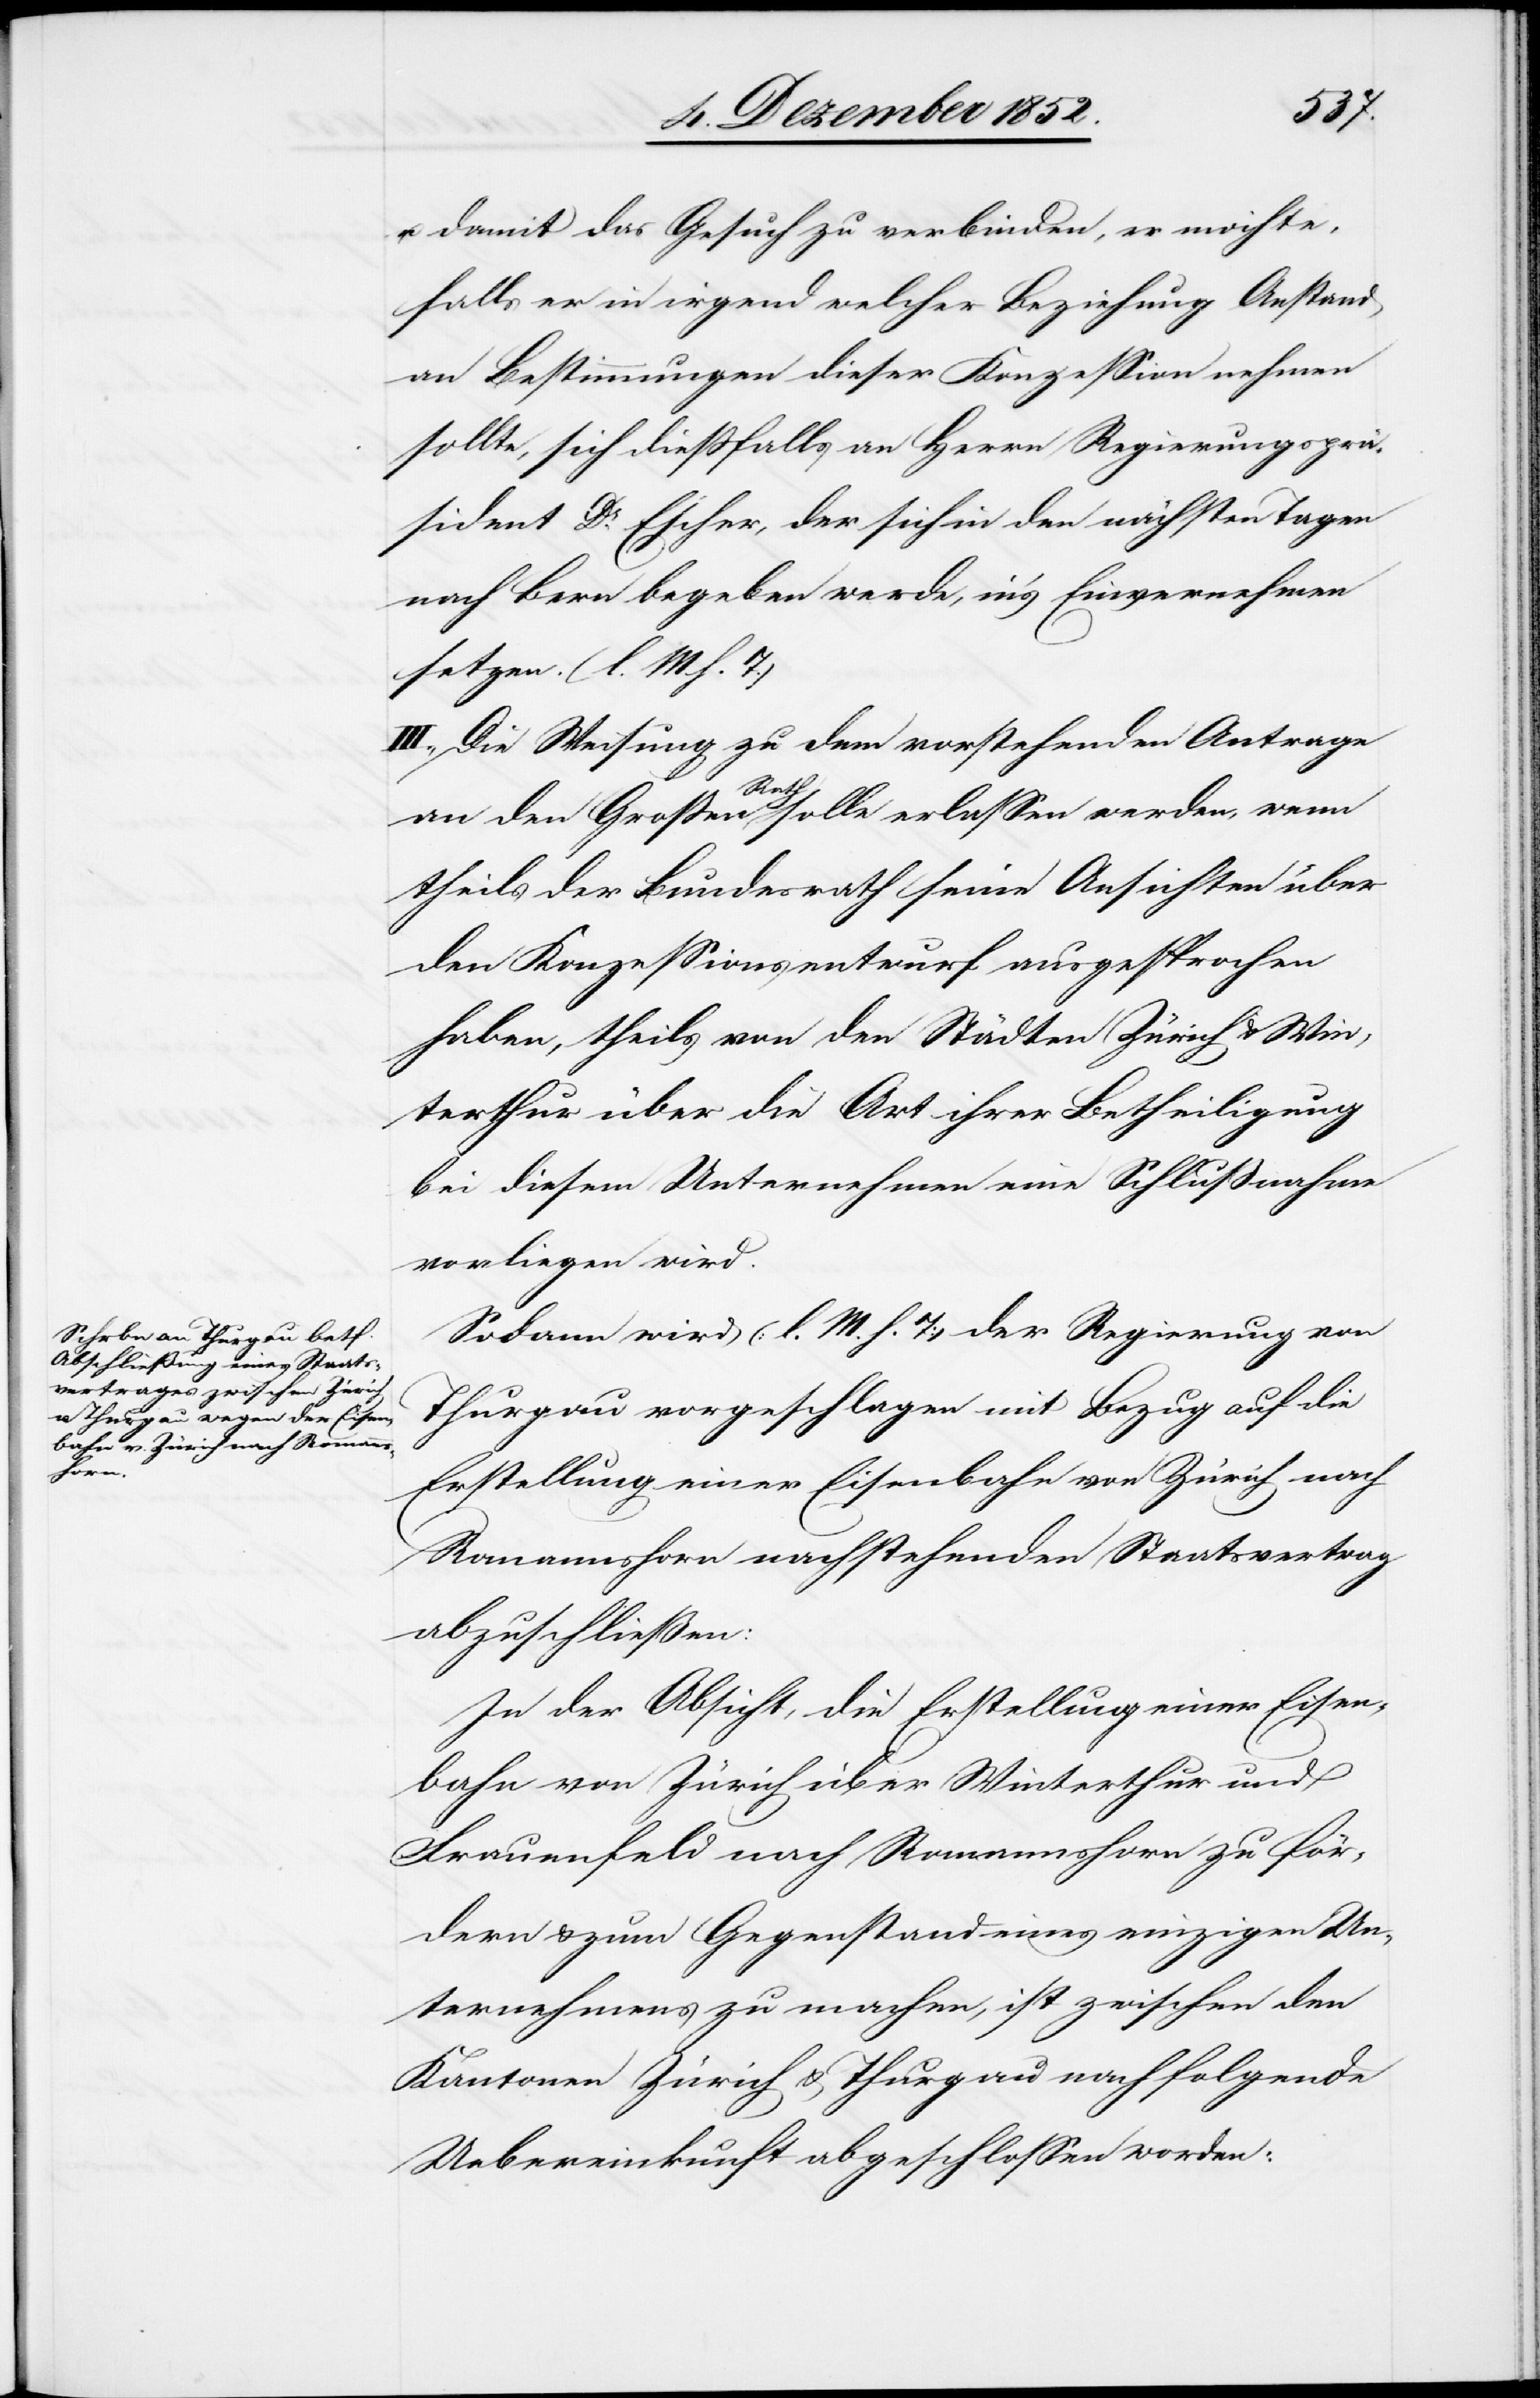
u. damit das Gesuch zu verbinden, er möchte,
falls er in irgend welcher Beziehung Anstand
an Bestimmungen dieser Konzession nehmen
sollte, sich dießfalls an Herrn Regierungsprä¬
sident Dr. Escher, der sich in den nächsten Tagen
nach Bern begeben werde, in’s Einvernehmen
setzen. (l. M. h. T.)
III., Die Weisung zu dem vorstehenden Antrage
an den Großen Rath solle erlassen werden, wenn
theils der Bundesrath seine Ansichten über
den Konzessionsentwurf ausgesprochen
haben, theils von den Städten Zürich & Win¬
terthur über die Art ihrer Betheiligung
bei diesem Unternehmen eine Schlußnahme
vorliegen wird.
Sodann wird (l. M. h. T) der Regierung von
Thurgau vorgeschlagen mit Bezug auf die
Erstellung einer Eisenbahn von Zürich nach
Romannshorn nachstehenden Staatsvertrag
abzuschließen:
In der Absicht, die Erstellung einer Eisen¬
bahn von Zürich über Winterthur und
Frauenfeld nach Romannshorn zu för¬
dern & zum Gegenstand eines einzigen Un¬
ternehmens zu machen, ist zwischen den
Kantonen Zürich & Thurgau nachfolgende
Uebereinkunft abgeschlossen worden: